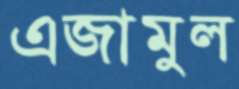
এজামুল